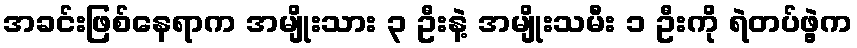
အခင်းဖြစ်နေရာက အမျိုးသား ၃ ဦးနဲ့ အမျိုးသမီး ၁ ဦးကို ရဲတပ်ဖွဲ့က